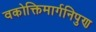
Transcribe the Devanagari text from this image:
वकोक्तिमार्गनिपुण